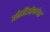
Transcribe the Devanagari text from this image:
अक्तेरिओफगेस